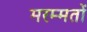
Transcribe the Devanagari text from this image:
मरम्मतों